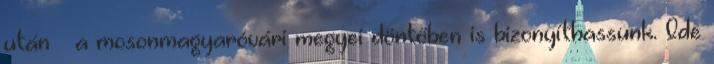
után – a mosonmagyaróvári megyei döntőben is bizonyíthassunk. Ide